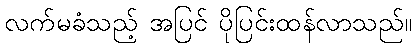
လက်မခံသည့် အပြင် ပိုပြင်းထန်လာသည်။